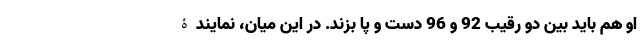
او هم باید بین دو رقیب 92 و 96 دست و پا بزند. در این میان، نمایندۀ